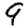
Digit: 9